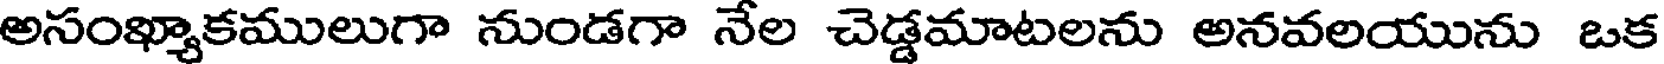
అసంఖ్యాకములుగా నుండగా నేల చెడ్డమాటలను అనవలయును ఒక